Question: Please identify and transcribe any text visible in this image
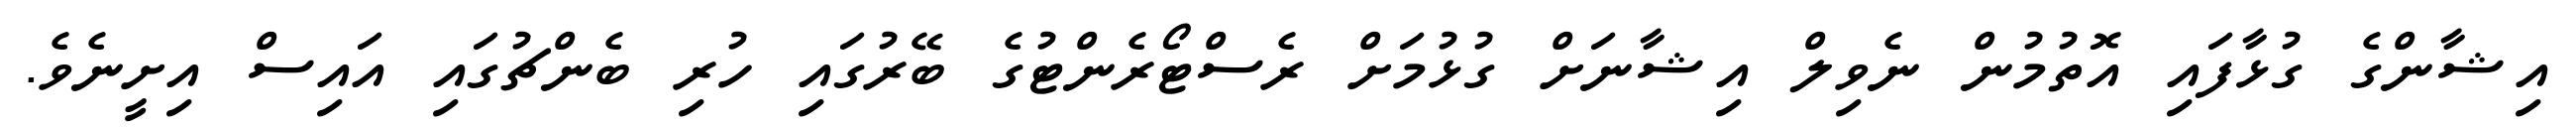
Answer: އިޝާންގެ ގުޅާފައި އޮތުމުން ނެވިލް އިޝާނަށް ގުޅުމަށް ރެސްޓޯރެންޓުގެ ބޭރުގައި ހުރި ބެންޗުގައި އައިސް އިށީނެވެ.